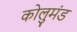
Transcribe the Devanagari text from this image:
कोलुमंड